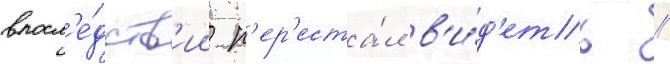
впосл'е́дств'ии п'ер'еста́л в'и́д'еть //